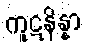
ကူဋနိန္နာ